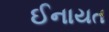
ઈનાયત